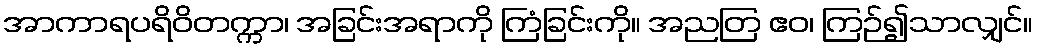
အာကာရပရိဝိတက္ကာ၊ အခြင်းအရာကို ကြံခြင်းကို။ အညတြ ဧဝ၊ ကြဉ်၍သာလျှင်။